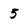
Character: 5